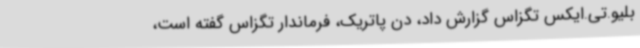
بلیو.تی.ایکس تگزاس گزارش داد، دن پاتریک، فرماندار تگزاس گفته است،